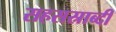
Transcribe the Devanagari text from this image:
सहसस्राब्दी